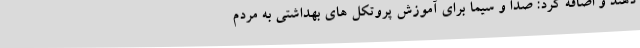
دهند و اضافه کرد: صدا و سیما برای آموزش پروتکل های بهداشتی به مردم